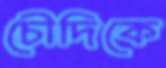
চৌদিকে